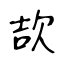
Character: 欯